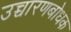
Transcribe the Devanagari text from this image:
उच्चारणबोधक